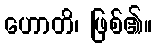
ဟောတိ၊ ဖြစ်၏။